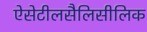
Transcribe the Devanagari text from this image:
ऐसेटीलसैलिसीलिक